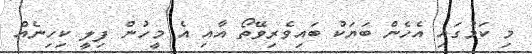
މި ކަމުގައި އެހެން ބަޔަކު ބައިވެރިވޭތޯ އާއި އެ މީހުން ފިލީ ކިހިނެއް